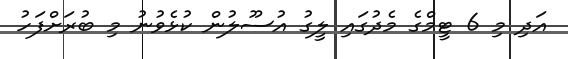
އަދި މި 6 ޓީމްގެ މެދުގައި ލީގު އުސޫލުން ކުޅެވުނު މި ބުރަށްފަހު